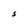
Character: S